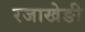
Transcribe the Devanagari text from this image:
रजाखेङी